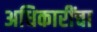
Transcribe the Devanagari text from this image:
अधिकारींचा